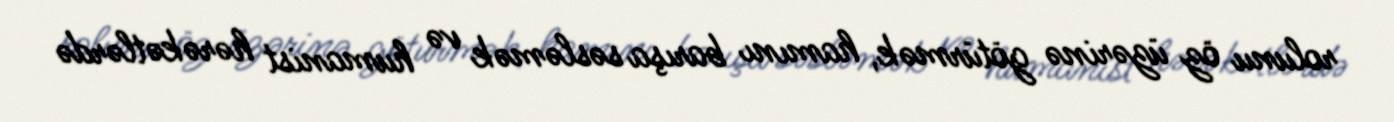
rolunu öz üzərinə götürmək, hamını barışa səsləmək və humanist hərəkətlərdə